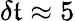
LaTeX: \delta\mathfrak{t}\approx5